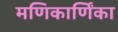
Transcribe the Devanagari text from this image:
मणिकार्णिंका